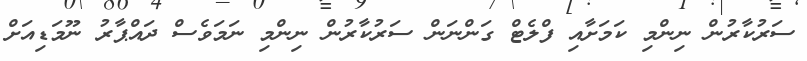
ސަރުކާރުން ނިންމި ކަމަށާއި ފްލެޓް ގަންނަން ސަރުކާރުން ނިންމި ނަމަވެސް ދައްޕާރު ނޫމަޑިއަށް